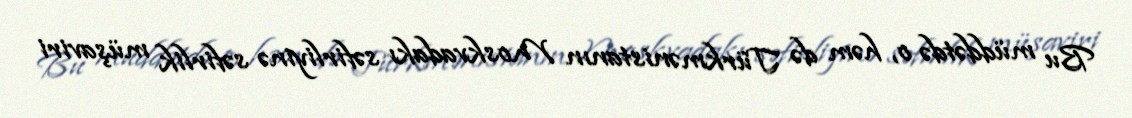
Bu müddətdə o, həm də Türkmənistanın Moskvadakı səfirliyinə səfirlik müşaviri